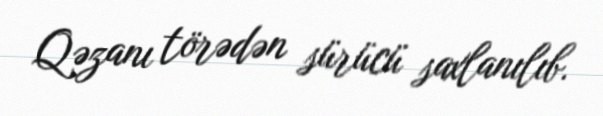
Qəzanı törədən sürücü saxlanılıb.